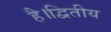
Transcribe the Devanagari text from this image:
है।द्वितीय